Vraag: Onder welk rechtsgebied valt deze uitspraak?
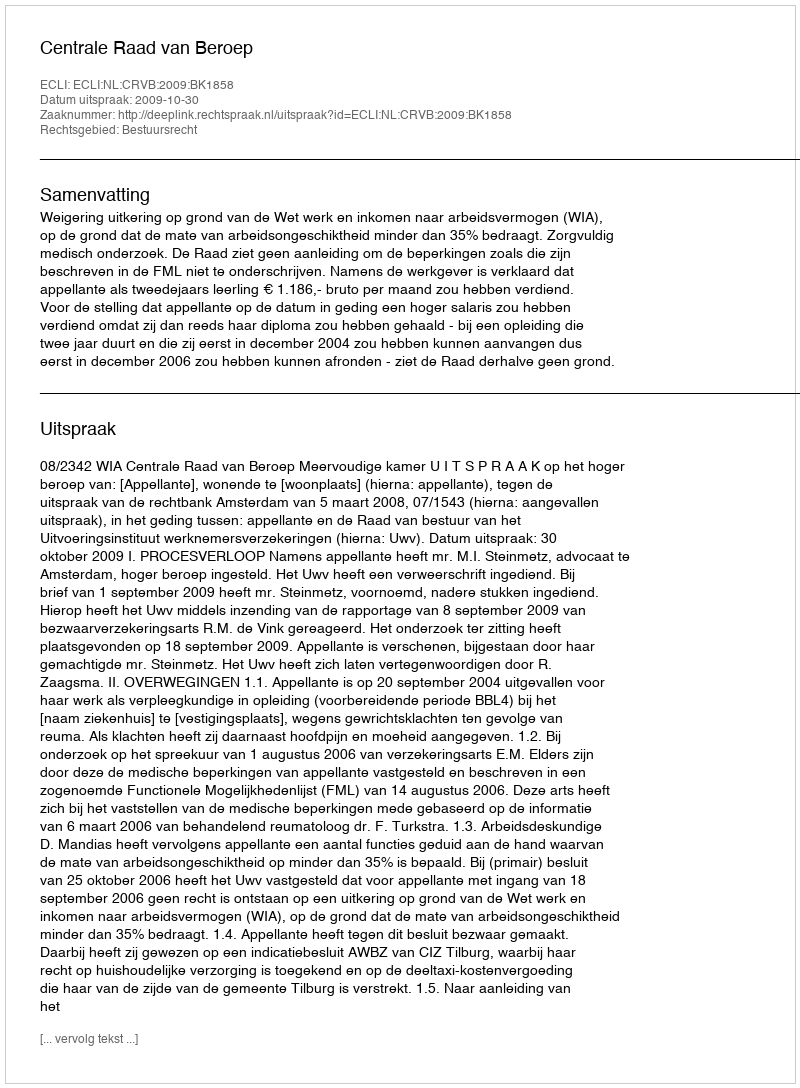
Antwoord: Bestuursrecht